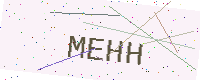
Text: MEHH